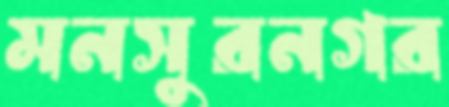
মনসুরনগর